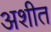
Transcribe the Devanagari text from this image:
अशीत